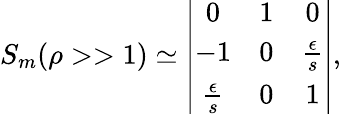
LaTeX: S_{m}(\rho>>1)\simeq\left|\begin{array}{ccc}{{0}}&{{1}}&{{0}}\\ {{-1}}&{{0}}&{{\frac{\epsilon}{s}}}\\ {{\frac{\epsilon}{s}}}&{{0}}&{{1}}\end{array}\right|,